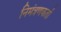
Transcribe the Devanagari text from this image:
निमंत्रणकर्ता